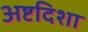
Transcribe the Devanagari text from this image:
अष्टदिशा